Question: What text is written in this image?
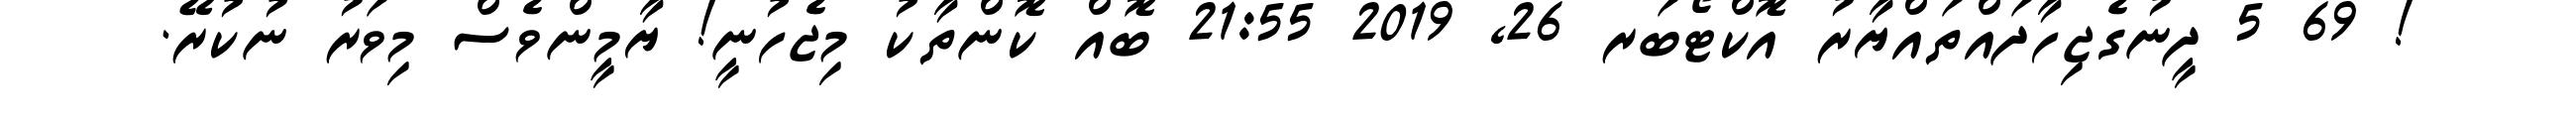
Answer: ! 69 5 ދީނުގެޖިހާދައްތައްޔާރު އޮކްޓޯބަރ 26, 2019 21:55 ބޮއް ކޮންތާކު މިޖެހުނީ! ޔާމީންވެސް މިވަރު ނުކުރޭ.